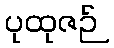
ပုထုဇဉ်